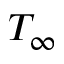
T _ { \infty }